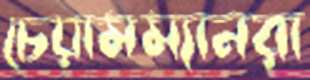
চেয়ামম্যানরা